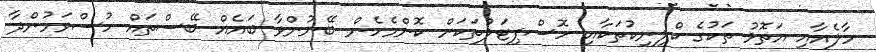
މާލެއާއި އަތޮޅު ތަކުގެ ކްލިނިކުތަކާއި ހޮސްޕިޓަލުތަކަށް ކޮންމެހެން ބޭނުންވާ ބައެއް ބޭސްތައް ހުސްވަމުންދާ